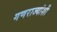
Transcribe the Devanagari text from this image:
गणराज्यांशी